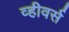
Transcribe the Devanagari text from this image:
व्हीवर्स